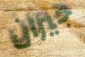
جيران